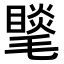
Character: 𣰍